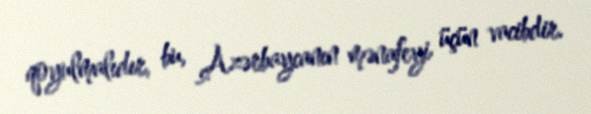
qoyulmalıdır, bu, Azərbaycanın mənafeyi üçün vacibdir.